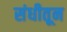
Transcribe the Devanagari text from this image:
संधीतून